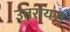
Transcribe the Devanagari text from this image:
उतरायण